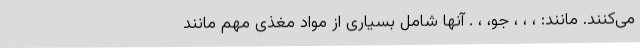
می‌کنند. مانند: ، ، ، جو، ، . آنها شامل بسیاری از مواد مغذی مهم مانند